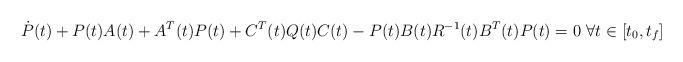
LaTeX: \begin{align*} \dot{P}(t)+P(t)A(t)+A^T(t)P(t) + C^T(t)Q(t)C(t)-P(t)B(t)R^{-1}(t)B^T(t)P(t)=0 \ \forall t \in [t_0,t_f]\end{align*}